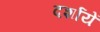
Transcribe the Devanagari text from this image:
दर्शायें